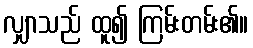
လျှာသည် ထူ၍ ကြမ်းတမ်း၏။